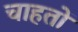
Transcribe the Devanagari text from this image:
चाहतों